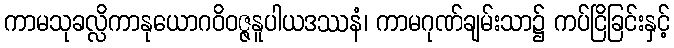
ကာမသုခလ္လိကာနုယောဂဝိဝဇ္ဇနူပါယဒဿနံ၊ ကာမဂုဏ်ချမ်းသာ၌ ကပ်ငြိခြင်းနှင့်